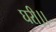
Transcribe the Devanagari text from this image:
घरी।।